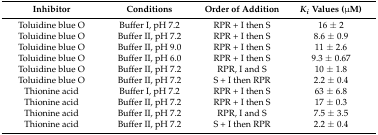
<table><thead><tr><td><b>Inhibitor</b></td><td><b>Conditions</b></td><td><b>Order of Addition</b></td><td><b><i>K<sub>i</sub></i> Values (μM)</b></td></tr></thead><tbody><tr><td>Toluidine blue O</td><td>Buffer I, pH 7.2</td><td>RPR + I then S</td><td>16 ± 2</td></tr><tr><td>Toluidine blue O</td><td>Buffer II, pH 7.2</td><td>RPR + I then S</td><td>8.6 ± 0.9</td></tr><tr><td>Toluidine blue O</td><td>Buffer II, pH 9.0</td><td>RPR + I then S</td><td>11 ± 2.6</td></tr><tr><td>Toluidine blue O</td><td>Buffer II, pH 6.0</td><td>RPR + I then S</td><td>9.3 ± 0.67</td></tr><tr><td>Toluidine blue O</td><td>Buffer II, pH 7.2</td><td>RPR, I and S</td><td>10 ± 1.8</td></tr><tr><td>Toluidine blue O</td><td>Buffer II, pH 7.2</td><td>S + I then RPR</td><td>2.2 ± 0.4</td></tr><tr><td>Thionine acid</td><td>Buffer I, pH 7.2</td><td>RPR + I then S</td><td>63 ± 6.8</td></tr><tr><td>Thionine acid</td><td>Buffer II, pH 7.2</td><td>RPR + I then S</td><td>17 ± 0.3</td></tr><tr><td>Thionine acid</td><td>Buffer II, pH 7.2</td><td>RPR, I and S</td><td>7.5 ± 3.5</td></tr><tr><td>Thionine acid</td><td>Buffer II, pH 7.2</td><td>S + I then RPR</td><td>2.2 ± 0.4</td></tr></tbody></table>